Lyperosia minuta, Bezzi - Number 59
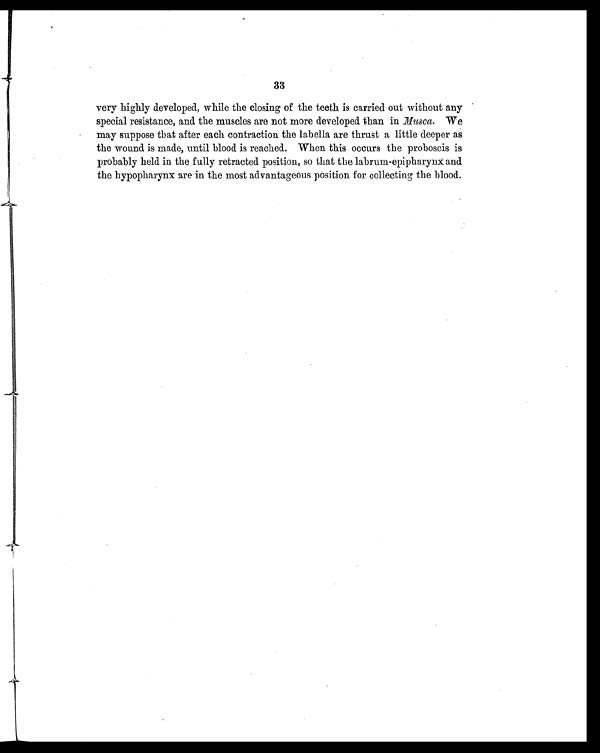
33
very highly developed, while the closing of the teeth is carried out without any
special resistance, and the muscles are not more developed than in Musca. We
may suppose that after each contraction the labella are thrust a little deeper as
the wound is made, until blood is reached. When this occurs the proboscis is
probably held in the fully retracted position, so that the labrum-epipharynx and
the hypopharynx are in the most advantageous position for collecting the blood.